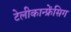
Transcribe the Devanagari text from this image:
टेलीकान्फ्रेंसिग